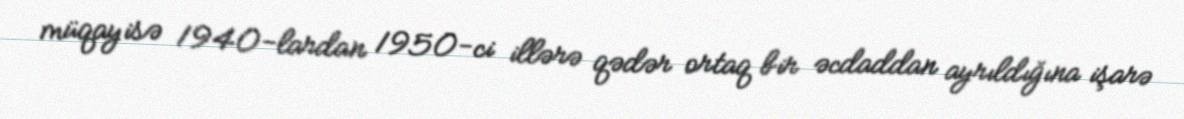
müqayisə 1940-lardan 1950-ci illərə qədər ortaq bir əcdaddan ayrıldığına işarə